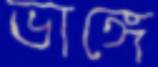
ভাঙ্গে